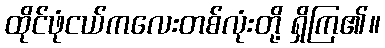
ထိုင်ဖုံငယ်ကလေးတစ်လုံးတို့ ရှိကြ၏။